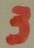
Text: 3